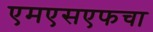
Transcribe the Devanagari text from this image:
एमएसएफचा